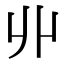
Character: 丱